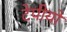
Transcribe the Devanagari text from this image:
टेपीयो